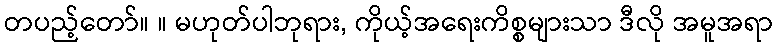
တပည့်တော်။ ။ မဟုတ်ပါဘုရား, ကိုယ့်အရေးကိစ္စများသာ ဒီလို အမူအရာ